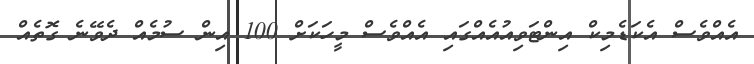
އެއްވެސް އެކަޑެމިކް އިންޓަވިއުއެއްގައި އެއްވެސް މީހަކަށް 100 އިން ސުމެއް ދެވޭނެ ގޮތެއް